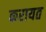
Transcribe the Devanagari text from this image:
करायत